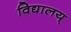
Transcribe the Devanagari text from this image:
विद्यालय्